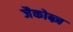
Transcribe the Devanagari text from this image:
जैकोब्ज़